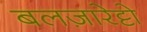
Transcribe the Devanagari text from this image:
बलज़ारेट्टो